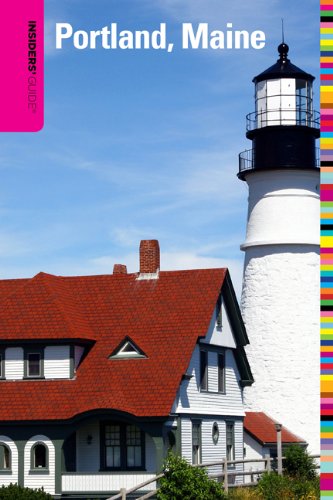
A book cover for Insiders' Guide to Portland, Maine 2nd (Insiders' Guide Series); Sara Donnelly; Travel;